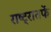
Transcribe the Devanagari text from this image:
राष्ट्रातर्फे